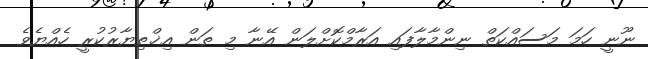
ނޫނީ ހަމަ މަސައްކަތް ނިންމާލާފައި އަރާމްކޮށްލަން އޭނާ މި ތަން އިޚްތިޔާރުކުރީ ހެއްޔެވެ